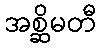
အစ္ဆိမတီ